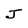
Character: J